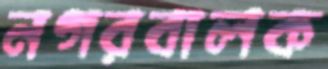
নগরবালক